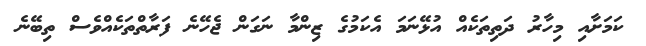
ކަމަށާއި މިހާރު ދަތިތަކެއް އުޅޭނަމަ އެކަމުގެ ޒިންމާ ނަގަން ޖެހޭނެ ފަރާތްތަކެއްވެސް ތިބޭނެ